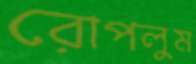
রোপলুম